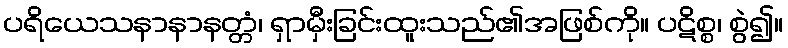
ပရိယေသနာနာနတ္တံ၊ ရှာမှီးခြင်းထူးသည်၏အဖြစ်ကို။ ပဋိစ္စ၊ စွဲ၍။